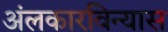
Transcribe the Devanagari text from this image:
अंलकारविन्यास